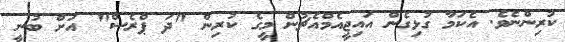
ކުރިންނެވެ. އެކަމާ ގުޅިގެން އައިޖީއެމްއެޗުން މީގެ ކުރިން "ދަ ޕްރެސް" އަށް ބުނީ